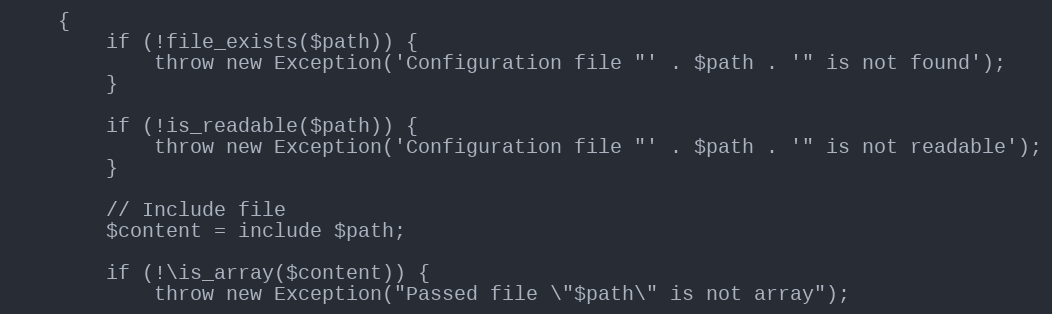
Language: PHP
    {
        if (!file_exists($path)) {
            throw new Exception('Configuration file "' . $path . '" is not found');
        }

        if (!is_readable($path)) {
            throw new Exception('Configuration file "' . $path . '" is not readable');
        }

        // Include file
        $content = include $path;

        if (!\is_array($content)) {
            throw new Exception("Passed file \"$path\" is not array");